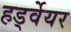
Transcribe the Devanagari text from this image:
हर्ड्वेयर